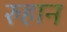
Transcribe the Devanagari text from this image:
रुहान